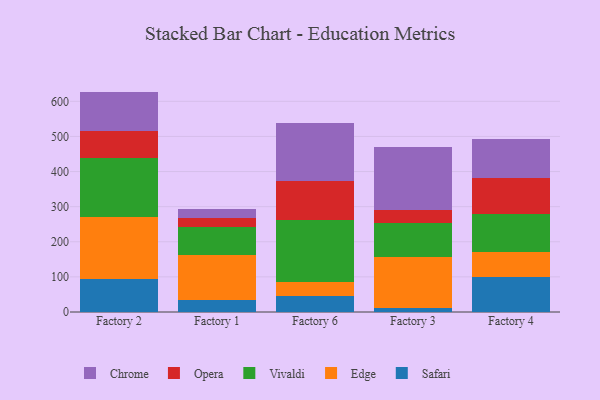
{"axis": {"x": "Factory", "y": "Page Views"}, "legend": ["Chrome", "Edge", "Opera", "Safari", "Vivaldi"], "data": [{"x": "Factory 2", "y": 92.8, "type": "Safari"}, {"x": "Factory 2", "y": 177.7, "type": "Edge"}, {"x": "Factory 2", "y": 167.7, "type": "Vivaldi"}, {"x": "Factory 2", "y": 77.5, "type": "Opera"}, {"x": "Factory 2", "y": 112.0, "type": "Chrome"}, {"x": "Factory 1", "y": 32.9, "type": "Safari"}, {"x": "Factory 1", "y": 130.8, "type": "Edge"}, {"x": "Factory 1", "y": 78.5, "type": "Vivaldi"}, {"x": "Factory 1", "y": 26.2, "type": "Opera"}, {"x": "Factory 1", "y": 24.8, "type": "Chrome"}, {"x": "Factory 6", "y": 45.9, "type": "Safari"}, {"x": "Factory 6", "y": 40.8, "type": "Edge"}, {"x": "Factory 6", "y": 174.4, "type": "Vivaldi"}, {"x": "Factory 6", "y": 112.8, "type": "Opera"}, {"x": "Factory 6", "y": 164.0, "type": "Chrome"}, {"x": "Factory 3", "y": 11.1, "type": "Safari"}, {"x": "Factory 3", "y": 144.2, "type": "Edge"}, {"x": "Factory 3", "y": 97.2, "type": "Vivaldi"}, {"x": "Factory 3", "y": 39.0, "type": "Opera"}, {"x": "Factory 3", "y": 177.4, "type": "Chrome"}, {"x": "Factory 4", "y": 99.0, "type": "Safari"}, {"x": "Factory 4", "y": 70.7, "type": "Edge"}, {"x": "Factory 4", "y": 109.9, "type": "Vivaldi"}, {"x": "Factory 4", "y": 102.7, "type": "Opera"}, {"x": "Factory 4", "y": 110.4, "type": "Chrome"}]}